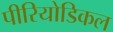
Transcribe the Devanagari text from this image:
पीरियोडिकल